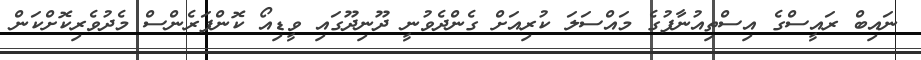
ނައިބް ރައީސްގެ އިސްތިއުނާފުގެ މައްސަލަ ކުރިއަށް ގެންދެވުނީ ދޫނިދޫގައި ވީޑިއޯ ކޮންފަރެންސް މެދުވެރިކޮށްކަން